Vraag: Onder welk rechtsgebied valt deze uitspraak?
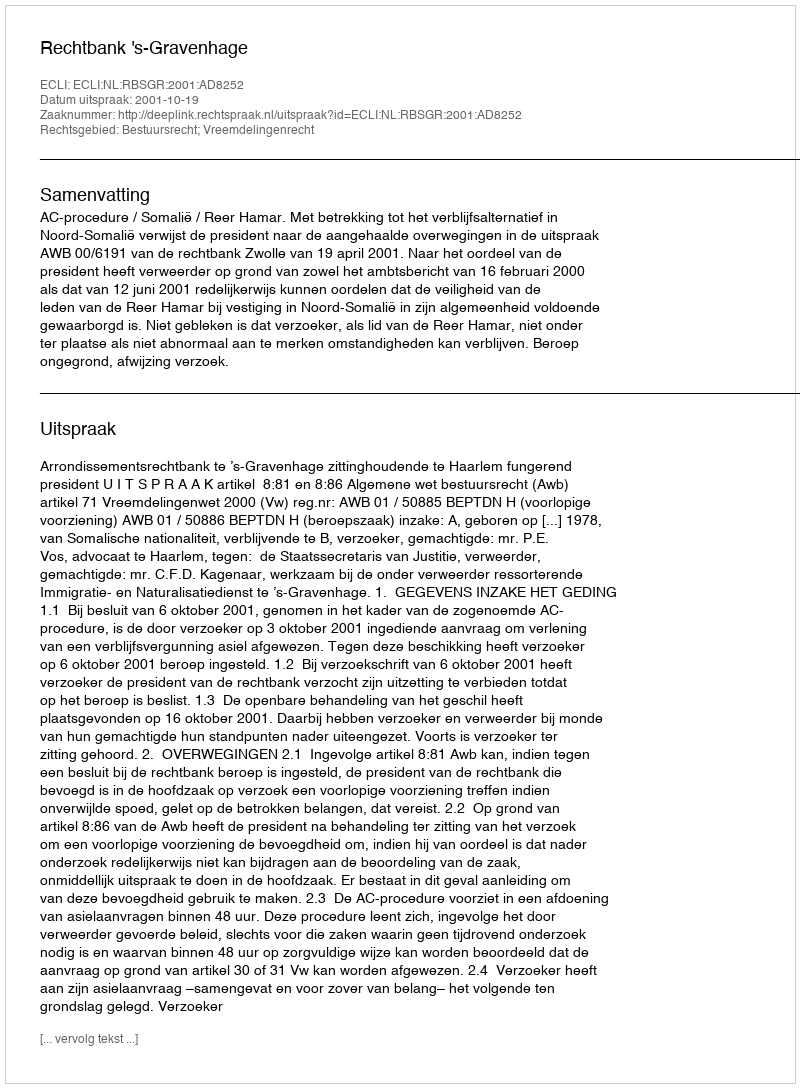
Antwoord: Bestuursrecht; Vreemdelingenrecht